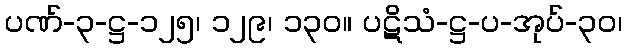
ပဏ်-၃-ဋ္ဌ-၁၂၅၊ ၁၂၉၊ ၁၃၀။ ပဋိသံ-ဋ္ဌ-ပ-အုပ်-၃၀၊